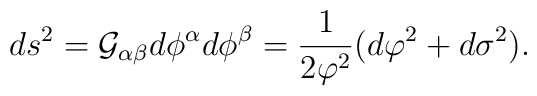
ds^2={\cal G}_{\alpha\beta}d\phi^\alpha d\phi^\beta=\frac{1}{2\varphi^2}(d\varphi^2+d\sigma^2) .